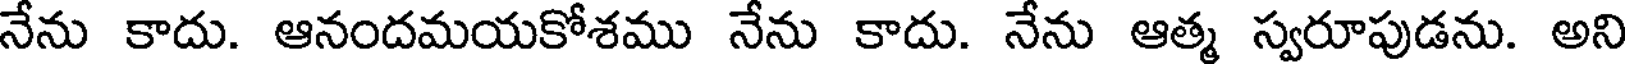
నేను కాదు. ఆనందమయకోశము నేను కాదు. నేను ఆత్మ స్వరూపుడను. అని